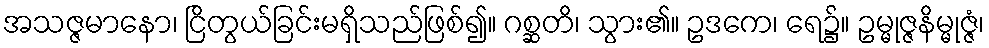
အသဇ္ဇမာနော၊ ငြိတွယ်ခြင်းမရှိသည်ဖြစ်၍။ ဂစ္ဆတိ၊ သွား၏။ ဥဒကေ၊ ရေ၌။ ဥမ္မုဇ္ဇနိမ္မုဇ္ဇံ၊